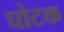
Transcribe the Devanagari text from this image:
घोटक